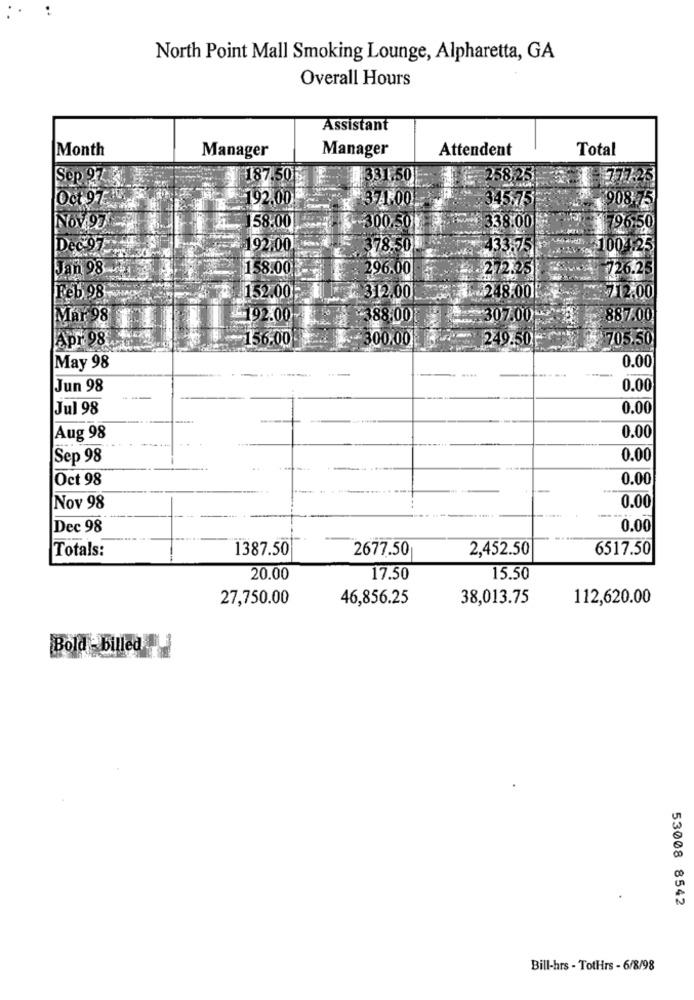
North Point Mall Smoking Lounge, Alpharetta, GA
Overall Hours
Assistant
Month
Manager
Attendent
Total
Manager
Sep 973
187.50g
331.50
258,25
777-25
192,00
₦ 371:00
345.75
908-75
NOV.97
58.00
-300.50!
5338.00
96:50
Dec-97:
192.00
378.50
433.75
1004.25
Jan 98-
158.00 ₺
296.00
726.25
-272.25
Feb 98
152.00F
312.00
248.001
₹712.00
Mar 98
£192.00
¥388,00
.30 7.00-
887.00
Apr 98
~156.00
300.00
249.50
705.50
0.00
May 98
Jun 98
0.00
Jul 98
0.00
Aug 98
0.00
Sep 98
0.00
Oct 98
0.00
Nov 98
. .... .
0.00
Dec 98
0.00
Totals:
1387.50
2677.50
2,452.50
6517.50
20.00
17.50
15.50
27,750.00
46,856.25
38,013.75
112,620.00
Bold - billed
53008 8542
Bill-hrs - TotHrs - 6/8/98